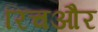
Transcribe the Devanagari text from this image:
रिचऔर